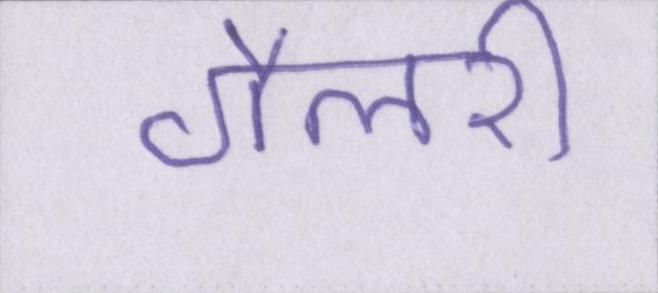
गैलरी